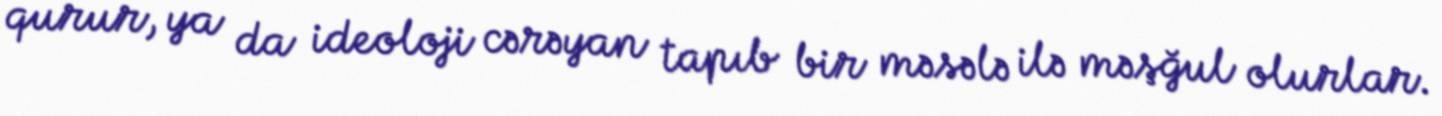
qurur, ya da ideoloji cərəyan tapıb bir məsələ ilə məşğul olurlar.